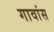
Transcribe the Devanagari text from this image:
गावांस